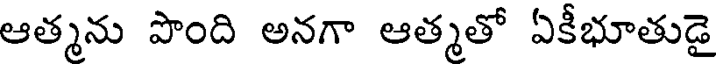
ఆత్మను పొంది అనగా ఆత్మతో ఏకీభూతుడై